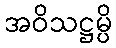
အဝိသဋ္ဌမ္ပိ